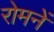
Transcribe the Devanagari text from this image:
रोमनें